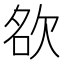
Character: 𭭊